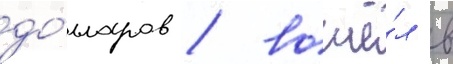
до́лларов / вошё́л в